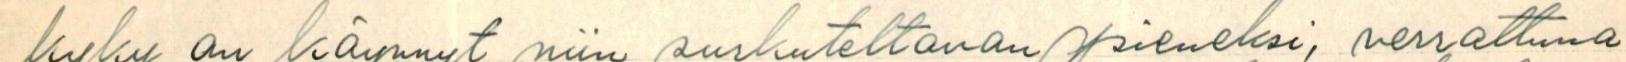
kyky on käynyt niin surkuteltavan pieneksi, verrattuna